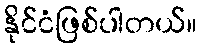
နိုင်ငံဖြစ်ပါတယ်။